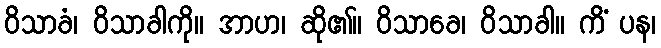
ဝိသာခံ၊ ဝိသာခါကို။ အာဟ၊ ဆို၏။ ဝိသာခေ၊ ဝိသာခါ။ ကိံ ပန၊